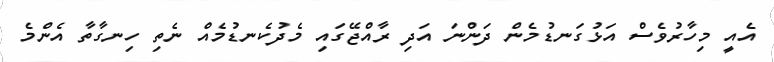
އެއީ މިހާރުވެސް އަޅުގަނޑުމެން ދަންނަ އަދި ރާއްޖޭގައި މެދުކެނޑުމެއް ނެތި ހިނގާތާ އެންމެ